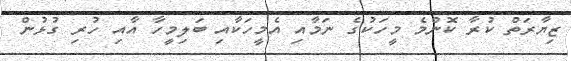
ޒިޔާރަތް ކުރާ ކޮންމެ މީހަކުގެ ނަމާއި އެމީހަކާއި ބަލިމީހާ އާއި ހުރި ގުޅުން